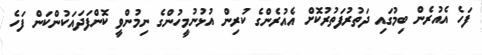
ފަހެ އެއުރެން ބިމުގައި ދަތުރުފަތުރުކޮށް އެއުރެންގެ ކުރިން އުޅުނުމީހުންގެ ނިމުންވީ ކޮންފަދައަކުންކަން ފަހެ